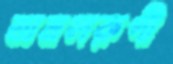
অমলরূপী